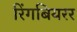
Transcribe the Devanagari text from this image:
रिंगबियरर